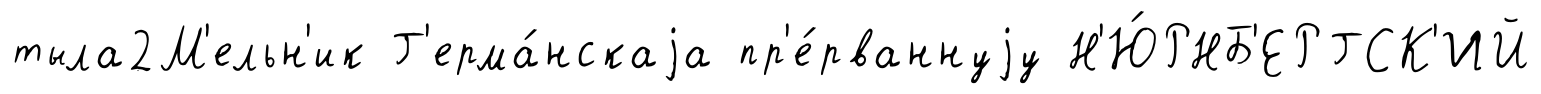
тыла2М'ельн'ик Г'ерма́нскаjа пр'е́рваннуjу Н'Ю́РНБ'ЕРГСК'ИЙ